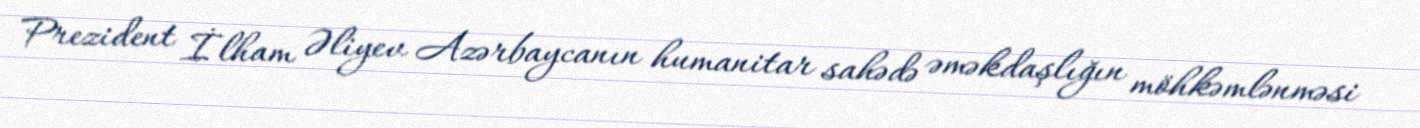
Prezident İlham Əliyev Azərbaycanın humanitar sahədə əməkdaşlığın möhkəmlənməsi